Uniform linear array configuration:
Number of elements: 32
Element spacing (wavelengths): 0.5
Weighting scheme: blackman
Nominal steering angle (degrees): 15
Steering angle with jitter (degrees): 15.993
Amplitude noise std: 0.05
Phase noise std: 0.05

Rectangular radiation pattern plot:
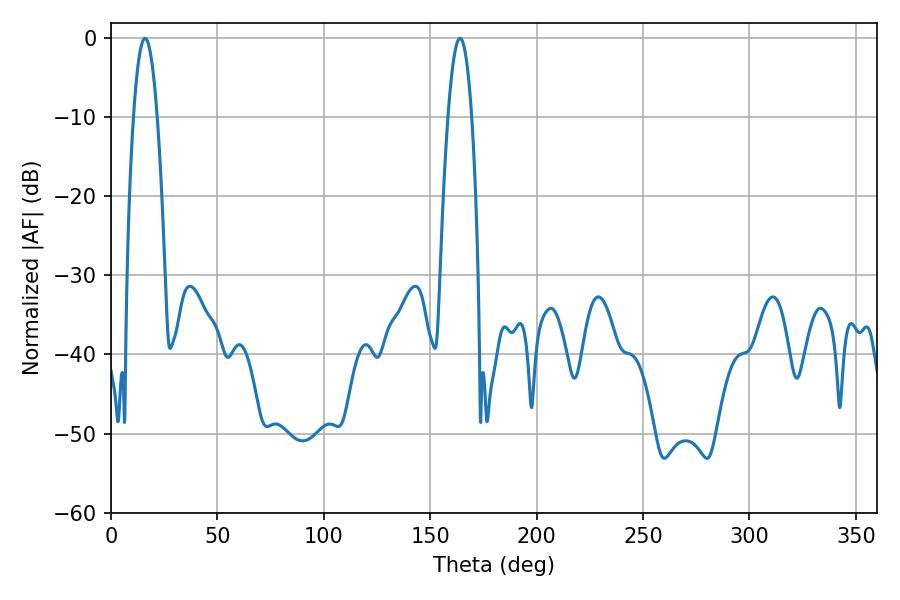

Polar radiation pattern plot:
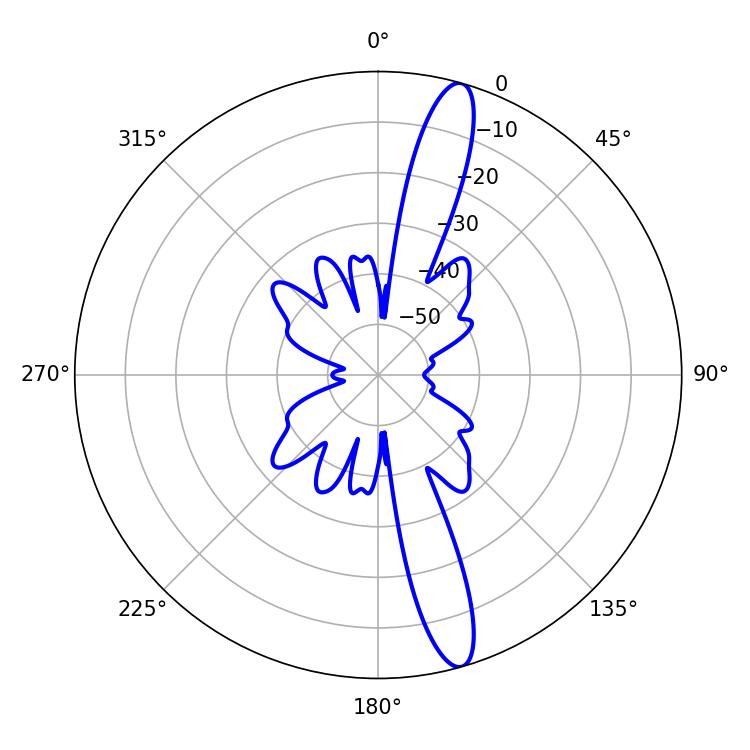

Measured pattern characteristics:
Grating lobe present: FALSE
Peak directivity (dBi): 14.958
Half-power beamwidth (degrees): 6.12
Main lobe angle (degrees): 16.02